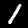
Label: 1